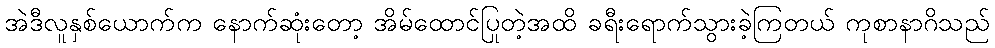
အဲဒီလူနှစ်ယောက်က နောက်ဆုံးတော့ အိမ်ထောင်ပြုတဲ့အထိ ခရီးရောက်သွားခဲ့ကြတယ် ကုစာနာဂိသည်